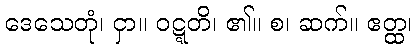
ဒေသေတုံ၊ ငှာ။ ဝဋ္ဋတိ၊ ၏။ စ၊ ဆက်။ ဧတ္ထ၊